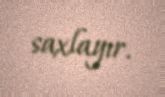
saxlayır.